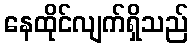
နေထိုင်လျက်ရှိသည်